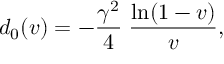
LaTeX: d _ { 0 } ( v ) = - { \frac { \gamma ^ { 2 } } { 4 } } \; { \frac { \ln ( 1 - v ) } { v } } ,